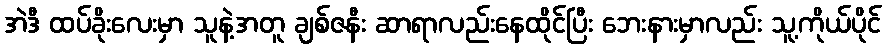
အဲဒီ ထပ်ခိုးလေးမှာ သူနဲ့အတူ ချစ်ဇနီး ဆာရာလည်းနေထိုင်ပြီး ဘေးနားမှာလည်း သူ့ကိုယ်ပိုင်